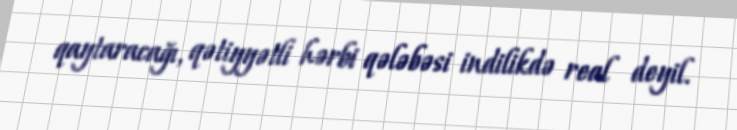
qaytaracağı, qətiyyətli hərbi qələbəsi indilikdə real deyil.